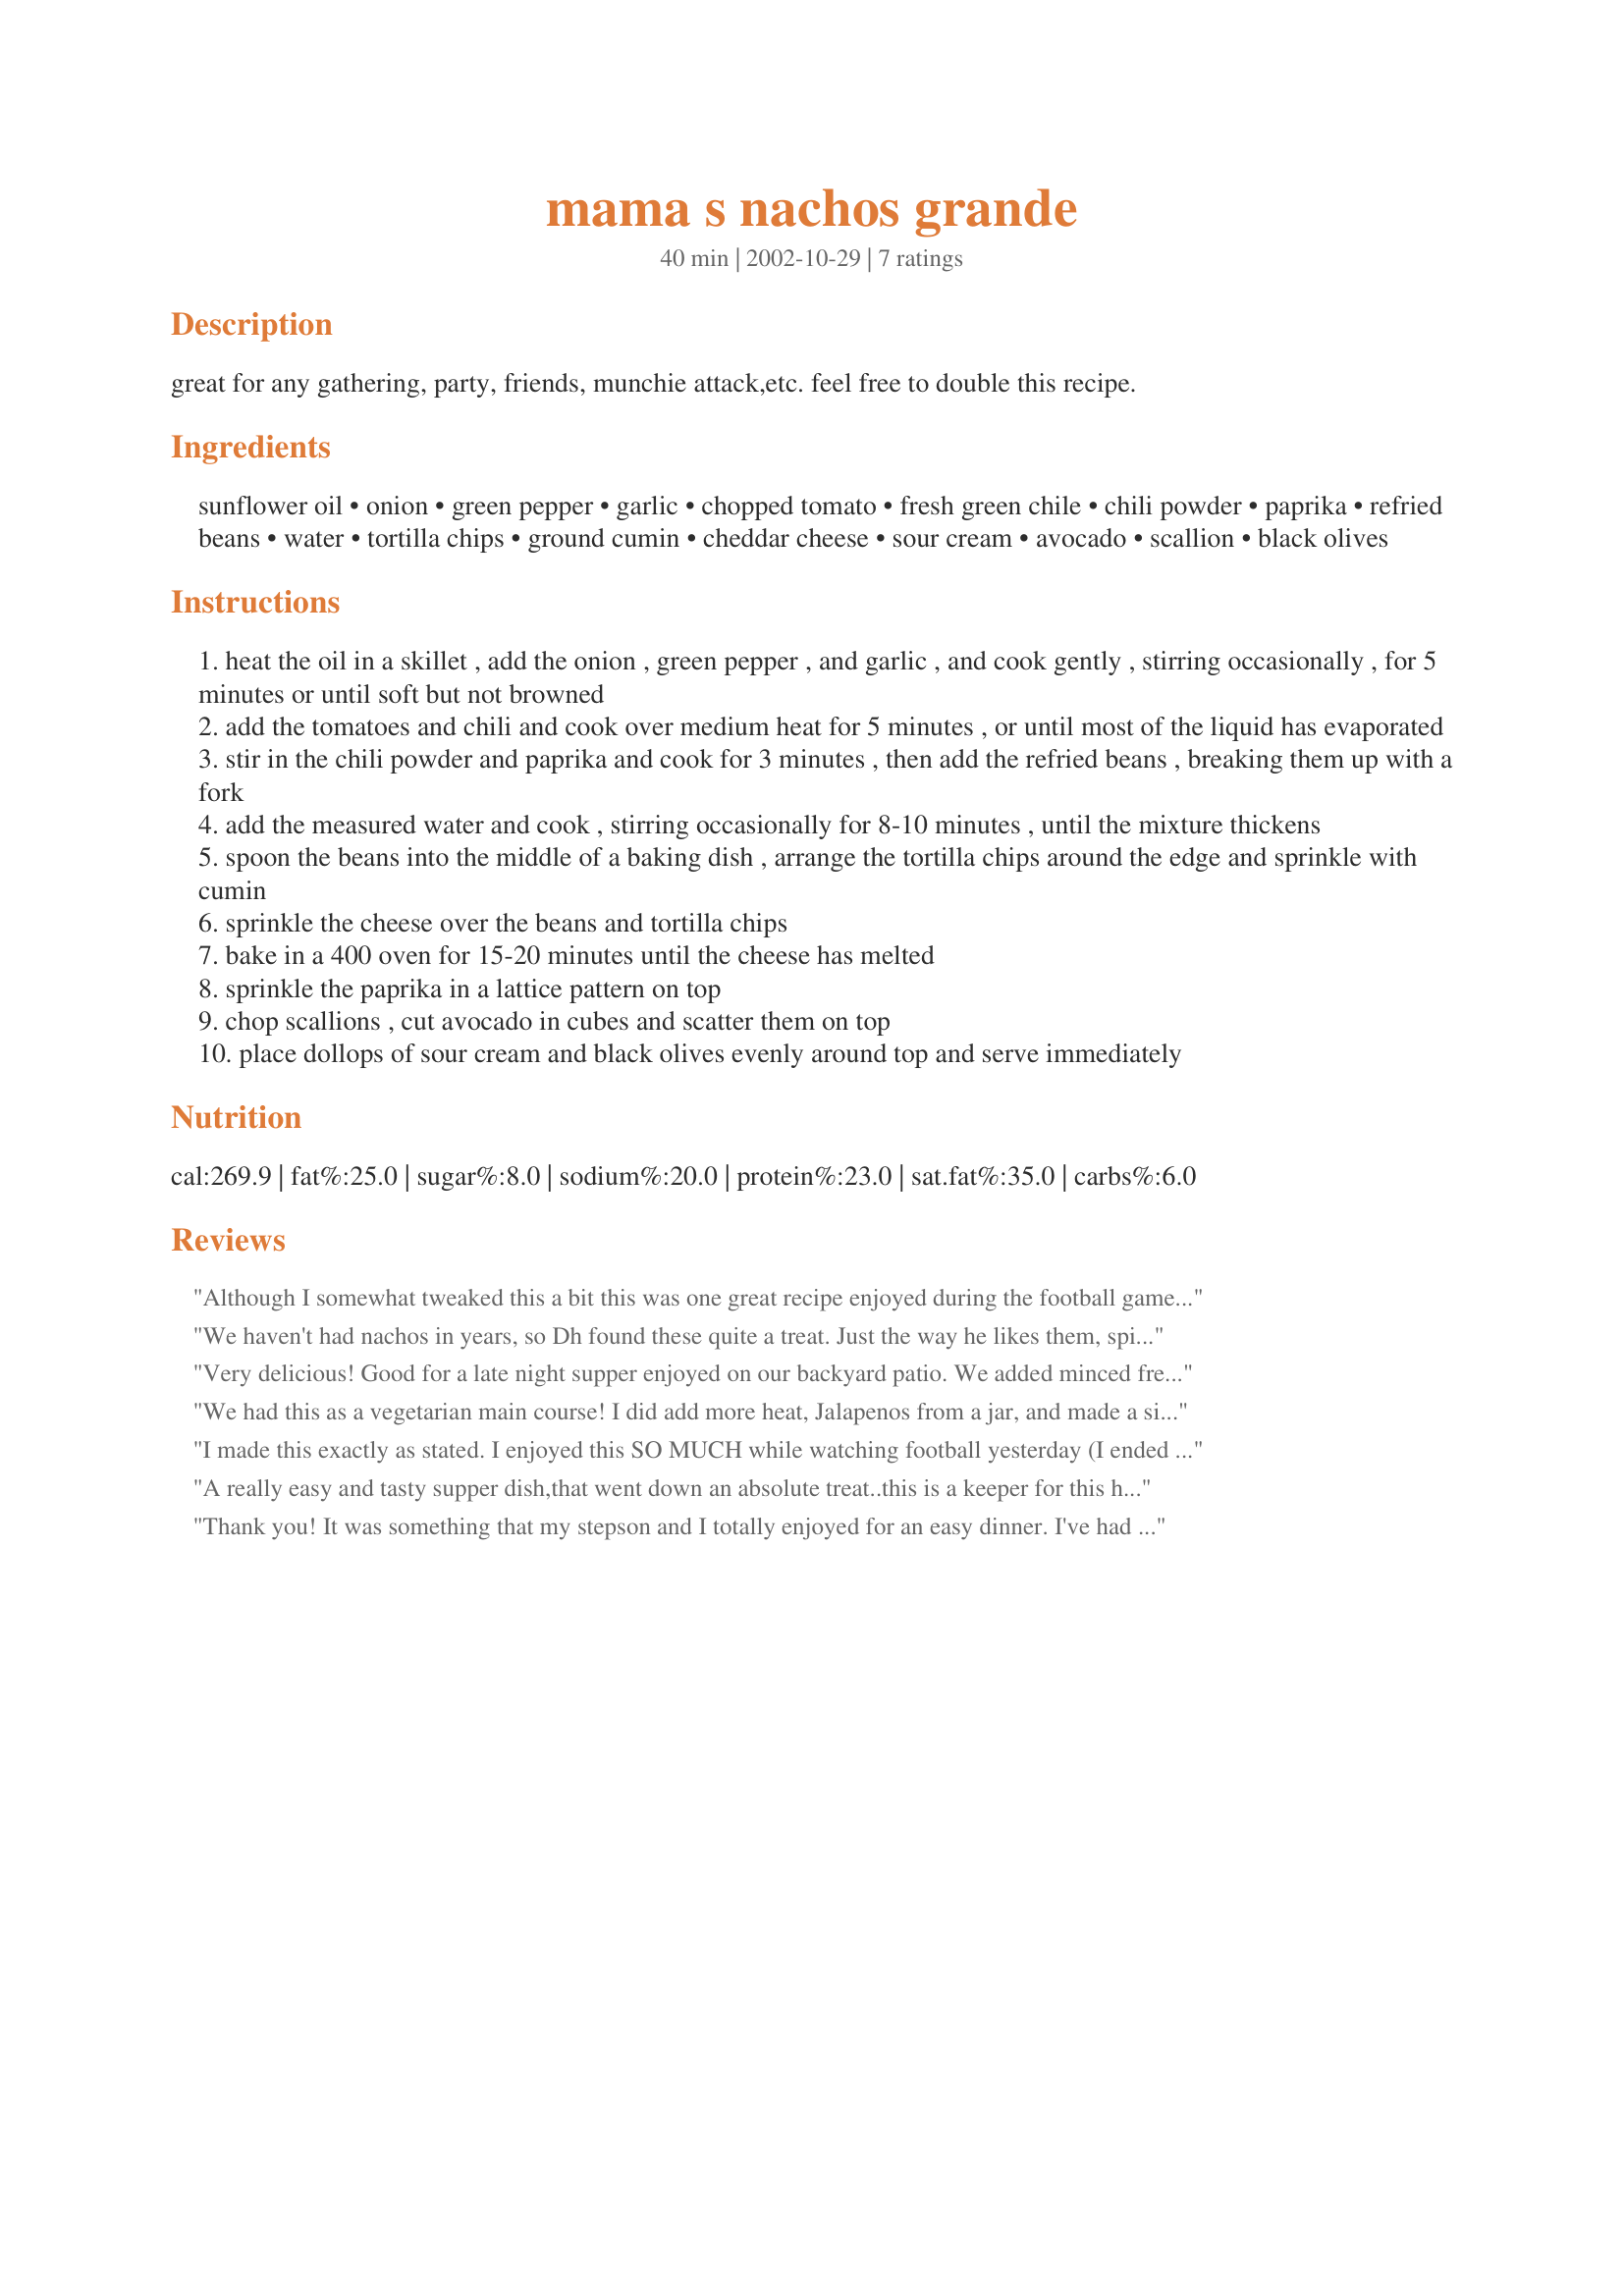
mama s nachos grande
Preparation time: 40 minutes

great for any gathering, party, friends, munchie attack,etc. feel free to double this recipe.

Ingredients:
sunflower oil, onion, green pepper, garlic, chopped tomato, fresh green chile, chili powder, paprika, refried beans, water, tortilla chips, ground cumin, cheddar cheese, sour cream, avocado, scallion, black olives

Steps:
heat the oil in a skillet , add the onion , green pepper , and garlic , and cook gently , stirring occasionally , for 5 minutes or until soft but not browned
add the tomatoes and chili and cook over medium heat for 5 minutes , or until most of the liquid has evaporated
stir in the chili powder and paprika and cook for 3 minutes , then add the refried beans , breaking them up with a fork
add the measured water and cook , stirring occasionally for 8-10 minutes , until the mixture thickens
spoon the beans into the middle of a baking dish , arrange the tortilla chips around the edge and sprinkle with cumin
sprinkle the cheese over the beans and tortilla chips
bake in a 400 oven for 15-20 minutes until the cheese has melted
sprinkle the paprika in a lattice pattern on top
chop scallions , cut avocado in cubes and scatter them on top
place dollops of sour cream and black olives evenly around top and serve immediately

Reviews:
Although I somewhat tweaked this a bit this was one great recipe enjoyed during the football game. I added a 1/4 teaspoon on chili powder, and paprika, used 2 cloves garlic, and added a slight bit more cheddar cheese, these were the way we like em, nice and spicy. Very much enjoyed during the ASuper Bowl. Made for PRMR tag.
We haven't had nachos in years, so Dh found these quite a treat. Just the way he likes them, spicy and loaded with goodies. I added lots more fresh jalapenos. It made a great Christmas Eve supper for a busy Christmas day cook.
Very delicious! Good for a late night supper enjoyed on our backyard patio. We added minced fresh jalapenos and chopped fresh cilantro on top.
We had this as a vegetarian main course! I did add more heat, Jalapenos from a jar, and made a side dish of the avocado, scallions and chopped tomato. Add to that a nice bottle cool white wine...we had a great dinner!!!
I made this exactly as stated. I enjoyed this SO MUCH while watching football yesterday (I ended up eating it ALL, by myself!!). This was so much better than the store-bought stuff in a jar. I tend to find that stuff too "vinegar-y", but this was not, AT ALL!! And I loved the addition of the refried beans, which made it a "heartier" dip. I will be making my salsa from now on. Thank You SO MUCH. Made in memory of your dear husband, October,2010.
A really easy and tasty supper dish,that went down an absolute treat..this is a keeper for this household!!
Thank you! It was something that my stepson and I totally enjoyed for an easy dinner. I've had a craving for nachos, and this helped. Thank you!
